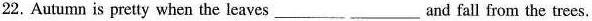
22.Autumn is pretty when the leaves